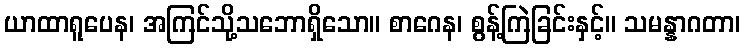
ယာထာရူပေန၊ အကြင်သို့သဘောရှိသော။ စာဂေန၊ စွန့်ကြဲခြင်းနှင့်။ သမန္နာဂတာ၊